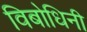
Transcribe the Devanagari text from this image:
विबोधिनी